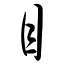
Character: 目